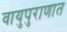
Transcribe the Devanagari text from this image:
वायुपुराणात